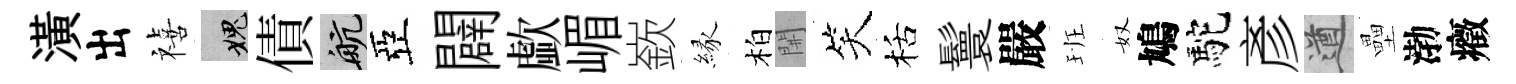
潢出禧愧債航亞闢歔嵋嶔縁柏𨳩笑栝鬟嚴班奴鳩駝彥遒壘渤癥